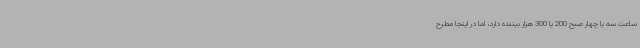
ساعت سه یا چهار صبح 200 یا 300 هزار بیننده دارد، اما در اینجا مطرح